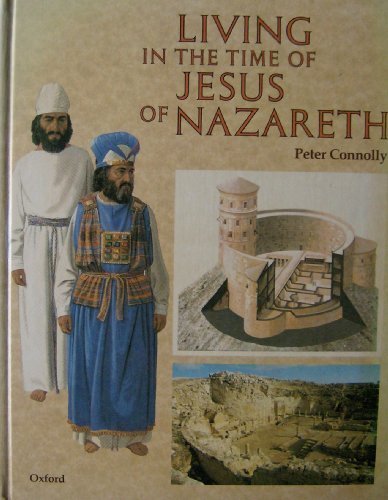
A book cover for Living in the Time of Jesus of Nazareth; Peter Connolly; Children's Books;